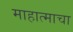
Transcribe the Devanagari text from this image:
माहात्माचा